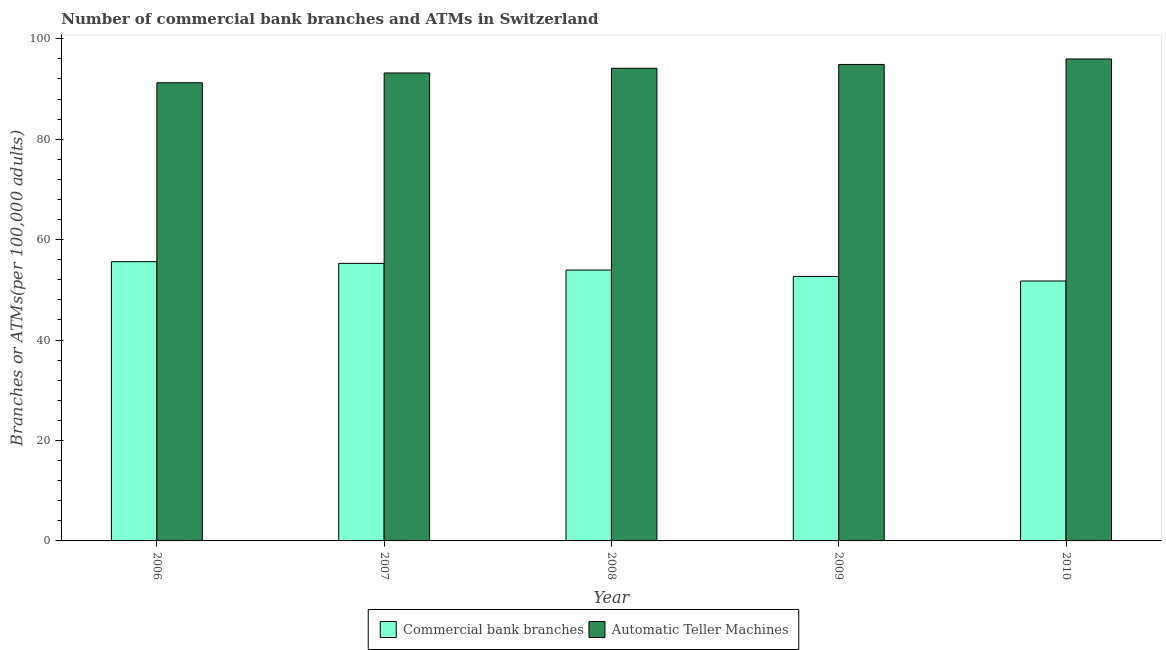
| Year | Commercial bank branches | Automatic Teller Machines |
 | --- | --- | --- |
 | 2006 | 55.6 | 91.3 |
 | 2007 | 55.3 | 93.2 |
 | 2008 | 53.9 | 94.1 |
 | 2009 | 52.7 | 94.9 |
 | 2010 | 51.8 | 96 |